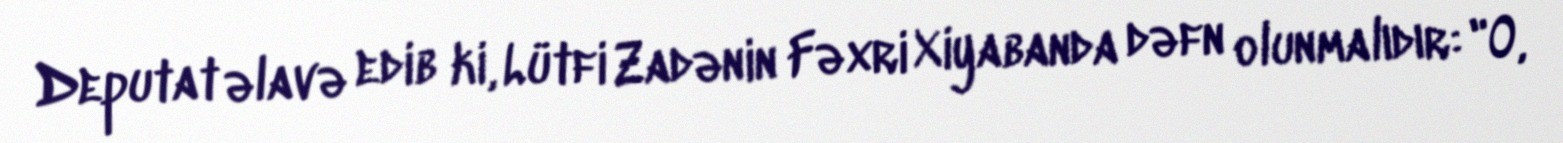
Deputat əlavə edib ki, Lütfi Zadənin Fəxri Xiyabanda dəfn olunmalıdır: "O,